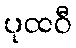
ပုထဝီ